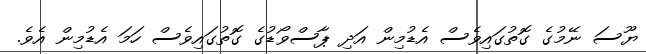
ޔޫސަ ނޭމުގެ ގޮތުގައިވެސް އެޑުމިން އަދި ޕާސްވޯޑުގެ ގޮތުގައިވެސް ހަމަ އެޑުމިން އެވެ.